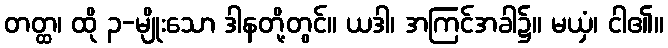
တတ္ထ၊ ထို ၃-မျိုးသော ဒါနတို့တွင်။ ယဒါ၊ အကြင်အခါ၌။ မယှံ၊ ငါ၏။